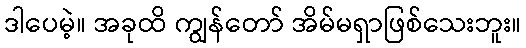
ဒါပေမဲ့။ အခုထိ ကျွန်တော် အိမ်မရှာဖြစ်သေးဘူး။